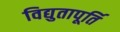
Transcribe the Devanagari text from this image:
विद्युतापूर्ति